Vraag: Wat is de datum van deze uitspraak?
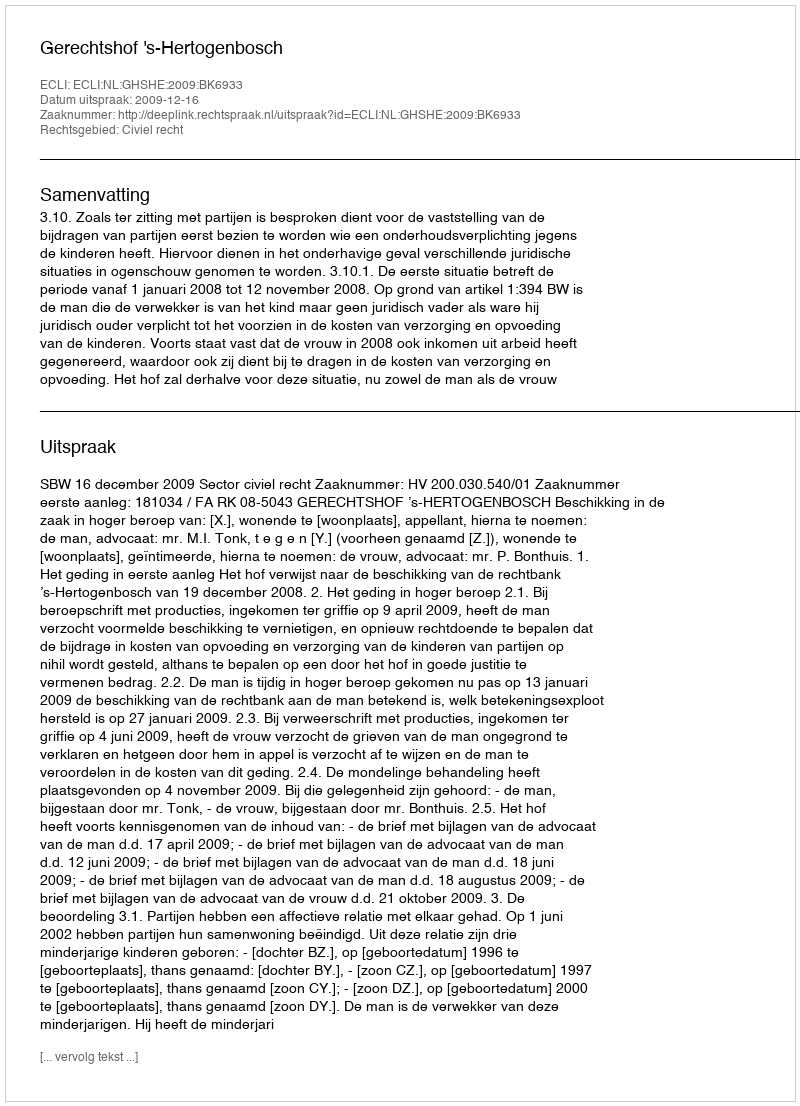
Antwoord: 2009-12-16